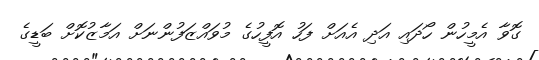
ގޮވާ އެމީހުން ހޯދައި އަދި އެއަށް ފަހު އޮފީހުގެ މުވައްޒަފުންނަށް އަމާޒުކޮށް ބަޑީގެ